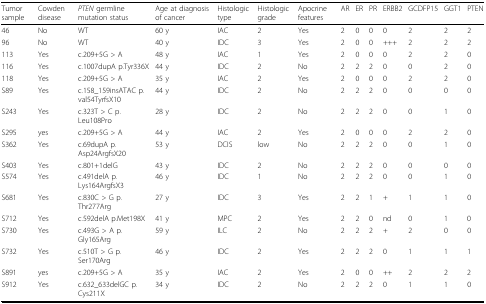
<table><thead><tr><td><b>Tumor sample</b></td><td><b>Cowden disease</b></td><td><b><i>PTEN </i>germline mutation status</b></td><td><b>Age at diagnosis of cancer</b></td><td><b>Histologic type</b></td><td><b>Histologic grade</b></td><td><b>Apocrine features</b></td><td><b>AR</b></td><td><b>ER</b></td><td><b>PR</b></td><td><b>ERBB2</b></td><td><b>GCDFP15</b></td><td><b>GGT1</b></td><td><b>PTEN</b></td></tr></thead><tbody><tr><td>46</td><td>No</td><td>WT</td><td>60 y</td><td>IAC</td><td>2</td><td>Yes</td><td>2</td><td>0</td><td>0</td><td>0</td><td>2</td><td>2</td><td>2</td></tr><tr><td>96</td><td>No</td><td>WT</td><td>40 y</td><td>IDC</td><td>3</td><td>Yes</td><td>2</td><td>0</td><td>0</td><td>+++</td><td>2</td><td>2</td><td>2</td></tr><tr><td>113</td><td>Yes</td><td>c.209+5G &gt; A</td><td>48 y</td><td>IAC</td><td>1</td><td>Yes</td><td>2</td><td>0</td><td>0</td><td>0</td><td>2</td><td>2</td><td>0</td></tr><tr><td>116</td><td>Yes</td><td>c.1007dupA p.Tyr336X</td><td>44 y</td><td>IDC</td><td>2</td><td>No</td><td>2</td><td>2</td><td>2</td><td>0</td><td>0</td><td>2</td><td>0</td></tr><tr><td>118</td><td>Yes</td><td>c.209+5G &gt; A</td><td>35 y</td><td>IAC</td><td>2</td><td>Yes</td><td>2</td><td>0</td><td>0</td><td>0</td><td>2</td><td>2</td><td>0</td></tr><tr><td>S89</td><td>Yes</td><td>c.158_159insATAC p.val54TyrfsX10</td><td>44 y</td><td>IDC</td><td>2</td><td>No</td><td>2</td><td>2</td><td>2</td><td>0</td><td>0</td><td>0</td><td>0</td></tr><tr><td>S243</td><td>Yes</td><td>c.323T &gt; C p.Leu108Pro</td><td>28 y</td><td>IDC</td><td>2</td><td>No</td><td>2</td><td>2</td><td>2</td><td>0</td><td>0</td><td>1</td><td>0</td></tr><tr><td>S295</td><td>yes</td><td>c.209+5G &gt; A</td><td>44 y</td><td>IAC</td><td>2</td><td>Yes</td><td>2</td><td>0</td><td>0</td><td>0</td><td>2</td><td>2</td><td>0</td></tr><tr><td>S362</td><td>Yes</td><td>c.69dupA p.Asp24ArgfsX20</td><td>53 y</td><td>DCIS</td><td>low</td><td>No</td><td>2</td><td>2</td><td>2</td><td>0</td><td>0</td><td>1</td><td>0</td></tr><tr><td>S403</td><td>Yes</td><td>c.801+1delG</td><td>43 y</td><td>IDC</td><td>2</td><td>No</td><td>2</td><td>2</td><td>2</td><td>0</td><td>0</td><td>0</td><td>0</td></tr><tr><td>S574</td><td>Yes</td><td>c.491delA p.Lys164ArgfsX3</td><td>46 y</td><td>IDC</td><td>1</td><td>No</td><td>2</td><td>2</td><td>2</td><td>0</td><td>0</td><td>1</td><td>0</td></tr><tr><td>S681</td><td>Yes</td><td>c.830C &gt; G p.Thr277Arg</td><td>27 y</td><td>IDC</td><td>3</td><td>Yes</td><td>2</td><td>2</td><td>1</td><td>+</td><td>1</td><td>1</td><td>0</td></tr><tr><td>S712</td><td>Yes</td><td>c.592delA p.Met198X</td><td>41 y</td><td>MPC</td><td>2</td><td>Yes</td><td>2</td><td>2</td><td>0</td><td>nd</td><td>0</td><td>1</td><td>0</td></tr><tr><td>S730</td><td>Yes</td><td>c.493G &gt; A p.Gly165Arg</td><td>59 y</td><td>ILC</td><td>2</td><td>No</td><td>2</td><td>2</td><td>2</td><td>+</td><td>2</td><td>0</td><td>0</td></tr><tr><td>S732</td><td>Yes</td><td>c.510T &gt; G p.Ser170Arg</td><td>46 y</td><td>IDC</td><td>2</td><td>Yes</td><td>2</td><td>2</td><td>2</td><td>0</td><td>1</td><td>1</td><td>1</td></tr><tr><td>S891</td><td>yes</td><td>c.209+5G &gt; A</td><td>35 y</td><td>IAC</td><td>2</td><td>Yes</td><td>2</td><td>0</td><td>0</td><td>++</td><td>2</td><td>2</td><td>2</td></tr><tr><td>S912</td><td>Yes</td><td>c.632_633delGC p.Cys211X</td><td>34 y</td><td>IDC</td><td>2</td><td>No</td><td>2</td><td>2</td><td>2</td><td>0</td><td>1</td><td>1</td><td>0</td></tr></tbody></table>